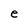
Character: e